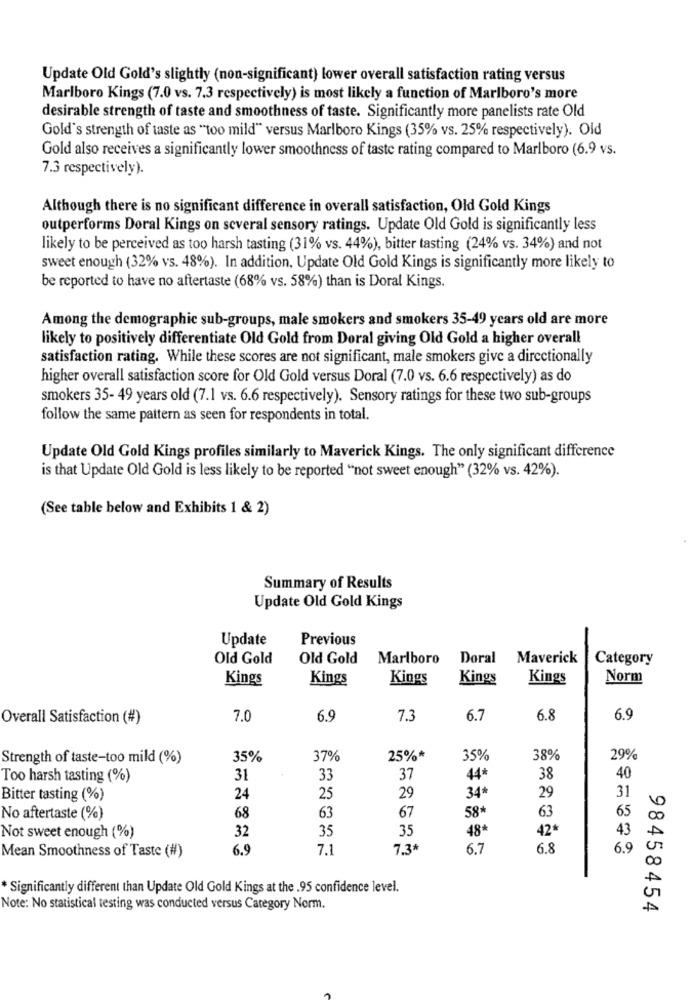
Update Old Gold's slightly (non-significant) lower overall satisfaction rating versus
Marlboro Kings (7.0 vs. 7.3 respectively) is most likely a function of Marlboro's more
desirable strength of taste and smoothness of taste. Significantly more panelists rate Old
Gold's strength of taste as "too mild" versus Marlboro Kings (35% vs. 25% respectively). Old
Gold also receives a significantly lower smoothness of taste rating compared to Marlboro (6.9 vs.
7.3 respectively).
Although there is no significant difference in overall satisfaction, Old Gold Kings
outperforms Doral Kings on several sensory ratings. Update Old Gold is significantly less
likely to be perceived as too harsh tasting (31% vs. 44%), bitter tasting (24% vs. 34%) and not
sweet enough (32% vs. 48%). In addition, Update Old Gold Kings is significantly more likely to
be reported to have no aftertaste (68% vs. 58%) than is Doral Kings.
Among the demographic sub-groups, male smokers and smokers 35-49 years old are more
likely to positively differentiate Old Gold from Doral giving Old Gold a higher overall
satisfaction rating. While these scores are not significant, male smokers give a directionally
higher overall satisfaction score for Old Gold versus Doral (7.0 vs. 6.6 respectively) as do
smokers 35- 49 years old (7.1 vs. 6.6 respectively). Sensory ratings for these two sub-groups
follow the same pattern as seen for respondents in total.
Update Old Gold Kings profiles similarly to Maverick Kings. The only significant difference
is that Update Old Gold is less likely to be reported "not sweet enough" (32% vs. 42%).
(See table below and Exhibits 1 & 2)
Summary of Results
Update Old Gold Kings
Update
Previous
Old Gold
Old Gold
Marlboro Doral Maverick
Category
Kings
Kings
Kings
Kings
Kings
Norm
Overall Satisfaction (#)
7.0
6.9
7.3
6.7
6.8
6.9
Strength of taste-too mild (%)
35%
37%
25%*
35%
38%
29%
Too harsh tasting (%)
31
33
37
44*
38
40
Bitter tasting (%)
24
25
29
34*
29
31
67
No aftertaste (%)
68
63
58
63
65
32
35
35
43
Not sweet enough (%)
48*
42*
Mean Smoothness of Taste (#)
6.9
7.1
7.3*
6.7
6.8
6.9
* Significantly different than Update Old Gold Kings at the .95 confidence level.
Note: No statistical testing was conducted versus Category Norm.
98458454